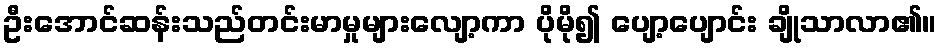
ဦးအောင်ဆန်းသည်တင်းမာမှုများလျော့ကာ ပိုမို၍ ပျော့ပျောင်း ချိုသာလာ၏။